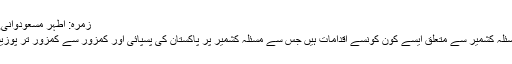
زمرہ: اطہر مسعودوانی, تازہ ترین, کالم ستمبر 4, 2019
پاکستان انتظامیہ کی طرف سے مسئلہ کشمیر سے متعلق ایسے کون کونسے اقدامات ہیں جس سے مسئلہ کشمیر پر پاکستان کی پسپائی اور کمزور سے کمزور تر پوزیشن کو اختیار کیا جانا نظر آتا ہے۔